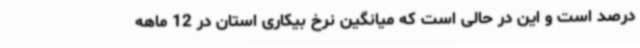
درصد است و این در حالی است که میانگین نرخ بیکاری استان در 12 ماهه